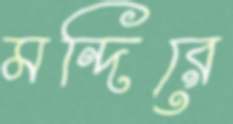
মন্দিরে